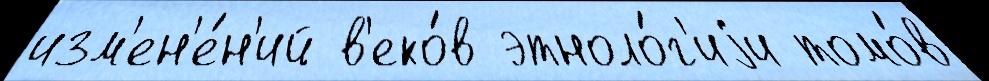
изм'ен'е́н'ий в'еко́в этноло́г'иjи томо́в